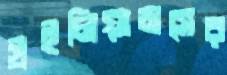
উইলিয়ামসের